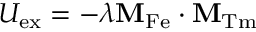
U _ { \mathrm { e x } } = - \lambda \mathbf { M } _ { \mathrm { F e } } \cdot \mathbf { M } _ { \mathrm { T m } }